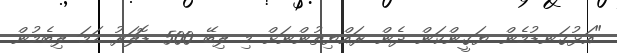
"އަޅުގަނޑުމެން ޔަގީންކަން ދެން ރައްޔިތުންނަށް މި ލިބޭ 500 ޑޮލަރު ހަމަ ލިބެމުން